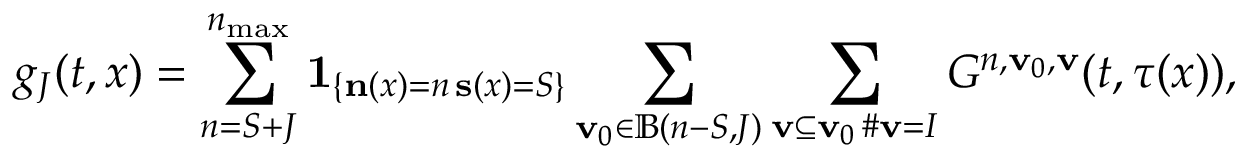
g _ { J } ( t , x ) = \sum _ { n = S + J } ^ { n _ { \operatorname* { m a x } } } \mathbf { 1 } _ { \left\{ \substack { \mathbf { n } ( x ) = n \, \mathbf { s } ( x ) = S } \right\} } \sum _ { \mathbf { v } _ { 0 } \in \mathbb { B } ( n - S , J ) } \sum _ { \substack { \mathbf { v } \subseteq \mathbf { v } _ { 0 } \, \# \mathbf { v } = I } } G ^ { n , \mathbf { v } _ { 0 } , \mathbf { v } } ( t , \tau ( x ) ) ,